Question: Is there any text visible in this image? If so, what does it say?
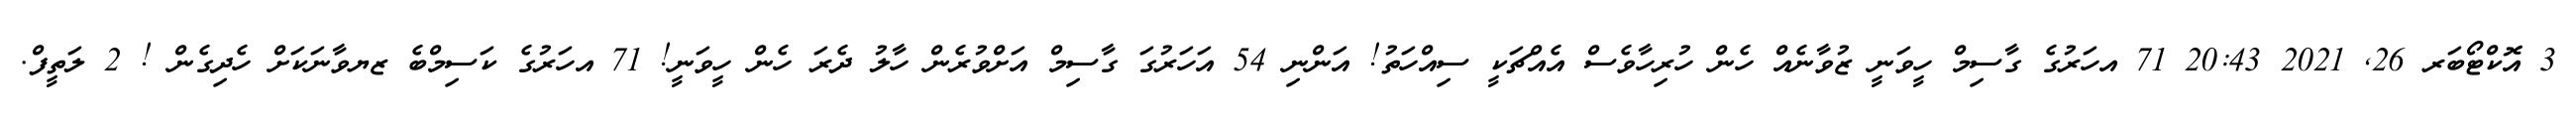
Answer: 3 އޮކްޓޯބަރ 26, 2021 20:43 71 އހަރުގެ ގާސިމް ހީވަނީ ޒުވާނެއް ހެން ހުރިހާވެސް އެއްޗަކީ ސިއްހަތު! އަންނި 54 އަހަރުގަ ގާސިމް އަށްވުރެން ހާލު ދެރަ ހެން ހީވަނީ! 71 އހަރުގެ ކަސިމްބެ ޒޔވާނަކަށް ހެދިގެން ! 2 ލަތީފް.